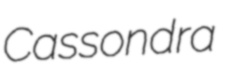
Cassondra